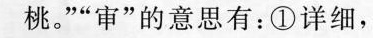
桃。”“审”的意思有：①详细，